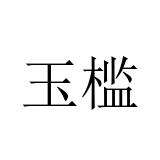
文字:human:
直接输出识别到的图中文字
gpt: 玉槛